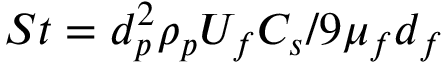
S t = d _ { p } ^ { 2 } \rho _ { p } U _ { f } C _ { s } / 9 \mu _ { f } d _ { f }